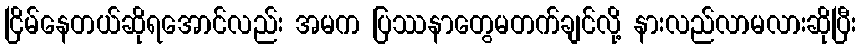
ငြိမ်နေတယ်ဆိုရအောင်လည်း အမက ပြဿနာတွေမတက်ချင်လို့ နားလည်လာမလားဆိုပြီး